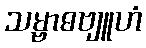
သမ္ဗာဓဗျူဟံ